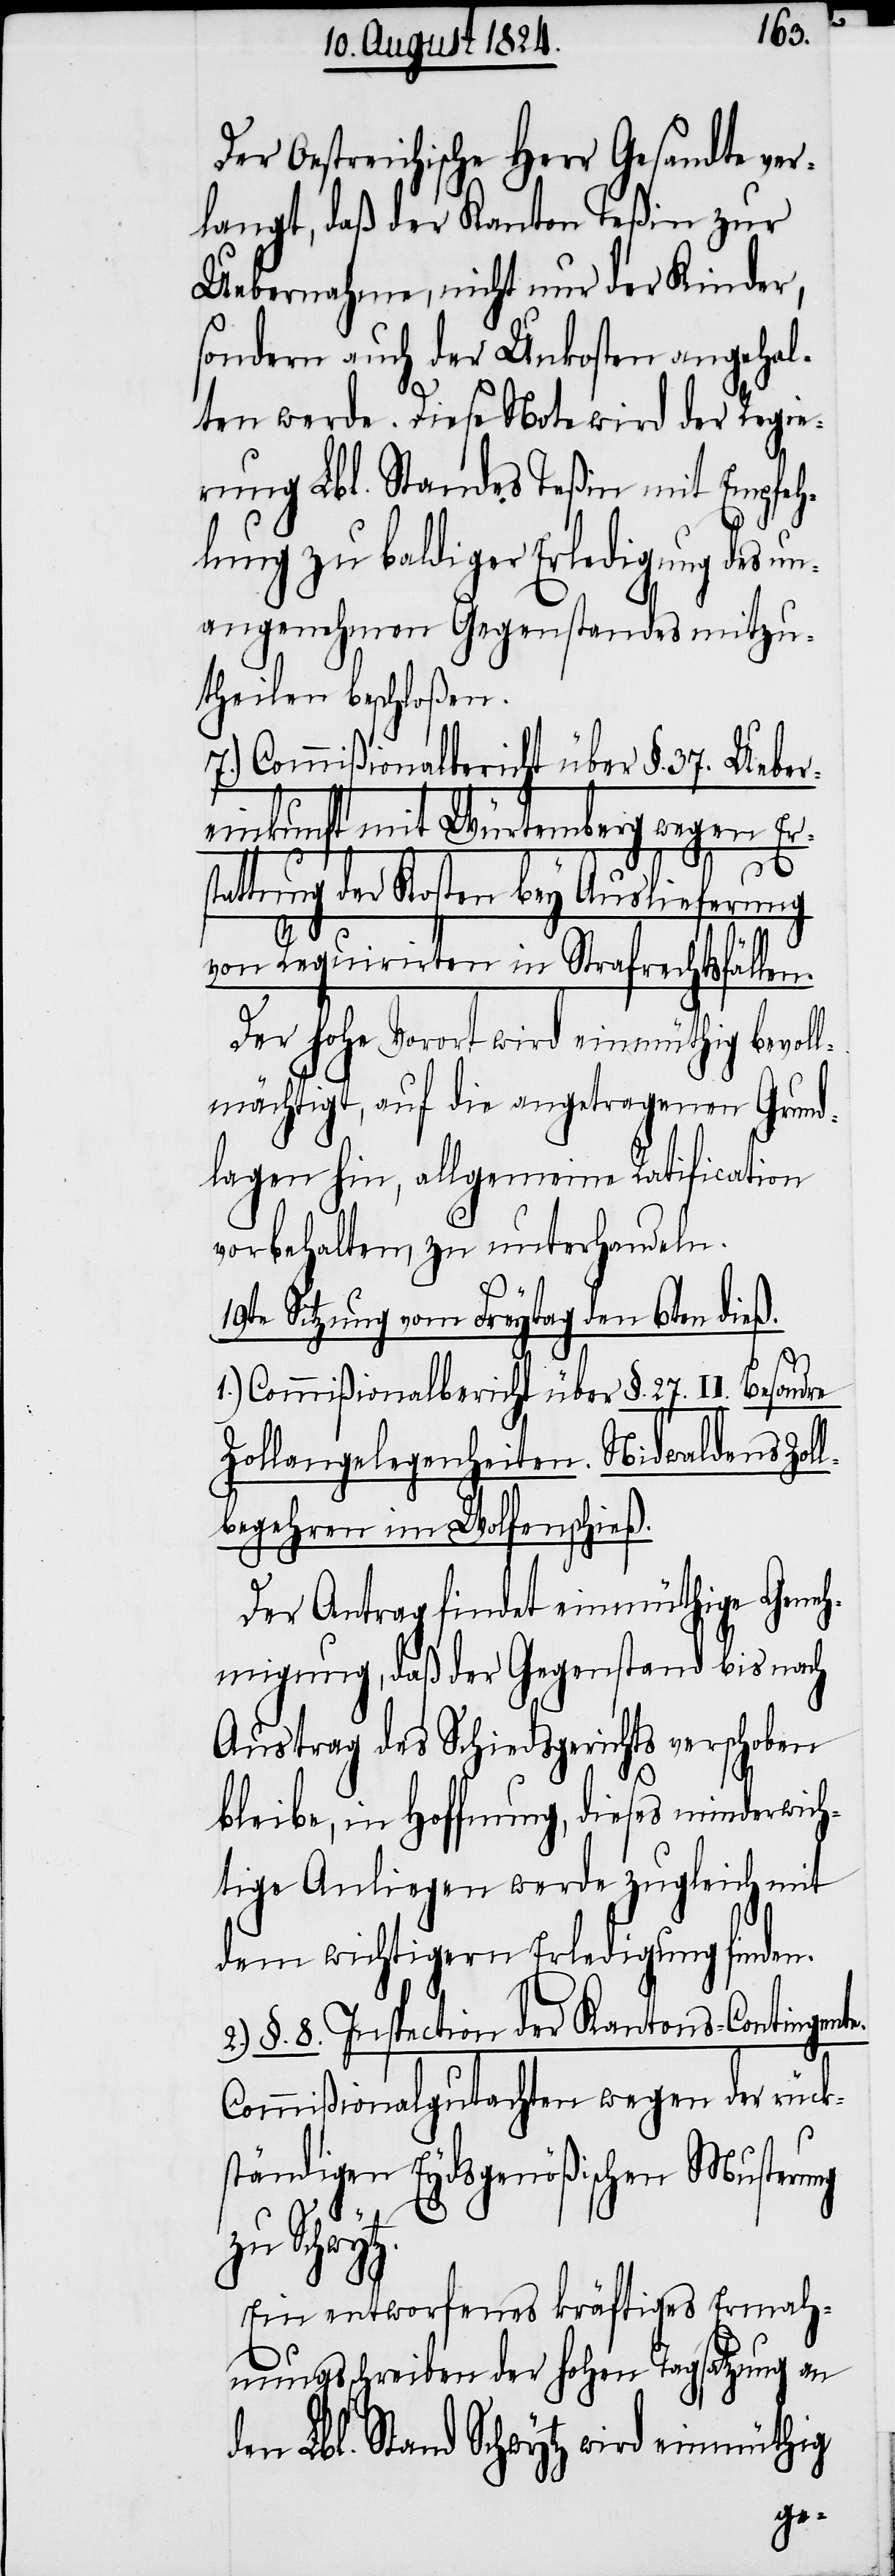
Der Oestreichische Herr Gesandte ver¬
langt, daß der Kanton Teßin zur
Uebernahme, nicht nur der Kinder,
sondern auch der Unkosten angehal¬
ten werde. Diese Note wird der Regie¬
rung Lbl. Standes Teßin mit Empfeh¬
lung zu baldiger Erledigung des un¬
angenehmen Gegenstandes mitzu¬
theilen beschloßen.
Commißionalbericht über §. 37. Ueber¬
einkunft mit Würtemberg wegen Ers¬
tattung der Kosten bey Auslieferung
von Requirirten in Strafrechtsfällen.
Der Hohe Vorort wird einmüthig bevoll¬
mächtigt, auf die angetragenen Grund¬
lagen hin, allgemeine Ratification
vorbehalten zu unterhandeln.
19te Sitzung vom Freytag den 6ten dieß.
1.) Commißionalbericht über §. 27. II. Besondre
Zollangelegenheiten. Nidwaldens Zol¬
lbegehren im Wolfenschieß.
Der Antrag findet einmüthige Geneh¬
migung, daß der Gegenstand bis nach
Austrag des Schiedsgerichts verschoben
bleibe, in Hoffnung, dieses minderwich¬
tige Anliegen werde zugleich mit
dem wichtigern Erledigung finden.
2.) §. 8. Inspection der Kantons-Contingente.
Commißionalgutachten wegen der rück¬
ständigen Eydsgenößischen Musterung
zu Schwytz.
Ein entworfenes kräftiges Ermah¬
nungsschreiben der hohen Tagsatzung an
den Lbl. Stand Schwytz wird einmüthig